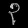
Digit: ၃